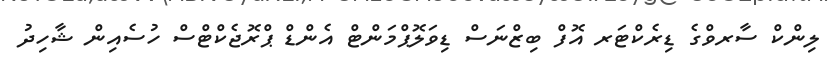
ލިންކް ސާރވްގެ ޑިރެކްޓަރ އޮފް ބިޒްނަސް ޑިވަލޮޕްމަންޓް އެންޑް ޕްރޮޖެކްޓްސް ހުސެއިން ޝާހިދު